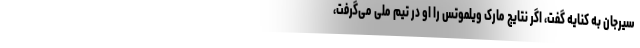
سیرجان به کنایه گفت، اگر نتایج مارک ویلموتس را او در تیم ملی می‌گرفت،